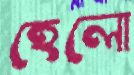
হেলো